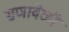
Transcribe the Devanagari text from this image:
सणावेळी